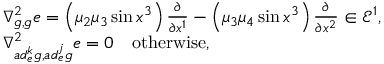
\begin{array} { r l } & { \nabla _ { g , g } ^ { 2 } e = \left( \mu _ { 2 } \mu _ { 3 } \sin x ^ { 3 } \right) \frac { \partial } { \partial x ^ { 1 } } - \left( \mu _ { 3 } \mu _ { 4 } \sin x ^ { 3 } \right) \frac { \partial } { \partial x ^ { 2 } } \in \mathcal { E } ^ { 1 } , } \\ & { \nabla _ { a d _ { e } ^ { k } g , a d _ { e } ^ { j } g } ^ { 2 } e = 0 \quad \mathrm { o t h e r w i s e } , } \end{array}